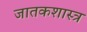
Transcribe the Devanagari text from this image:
जातकशास्त्र